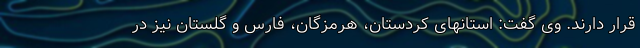
قرار دارند. وی گفت: استانهای کردستان، هرمزگان، فارس و گلستان نیز در